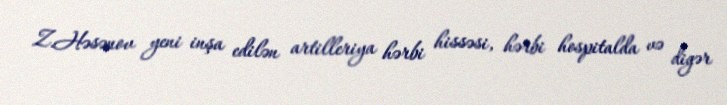
Z.Həsənov yeni inşa edilən artilleriya hərbi hissəsi, hərbi hospitalda və digər